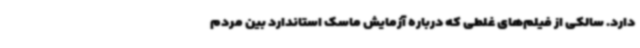
دارد. سالکی از فیلم‌های غلطی که درباره آزمایش ماسک استاندارد بین مردم